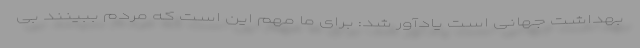
بهداشت جهانی است یادآور شد: برای ما مهم این است که مردم ببینند بی